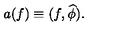
a ( f ) \equiv ( f , \widehat \phi ) .